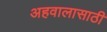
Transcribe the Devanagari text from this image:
अहवालासाठी